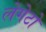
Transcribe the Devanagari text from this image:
लेगेटो